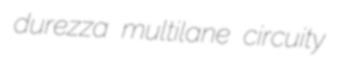
durezza multilane circuity